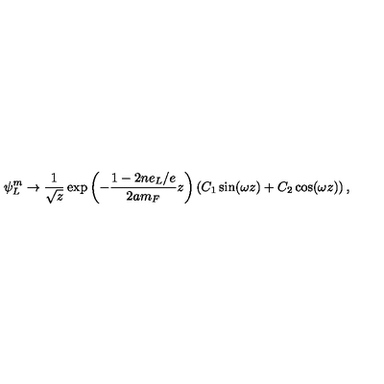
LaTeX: \psi _ { L } ^ { m } \to \frac { 1 } { \sqrt { z } } \exp \left( - \frac { 1 - 2 n e _ { L } / e } { 2 a m _ { F } } z \right) \left( C _ { 1 } \sin ( \omega z ) + C _ { 2 } \cos ( \omega z ) \right) ,